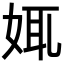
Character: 𡜯